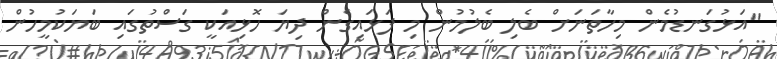
"އަޅުގަނޑުމެން މިހާތަނަށް ބެލި ބެލުމުން މި ފަޅައިގެން ދިޔަ ހޮޅިއަކީ ގަސްތުގައި ބަޔަކުމީހުން